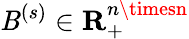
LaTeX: \mathit{B}^{(s)}\in\mathbf{{R}}_{+}^{n\timesn}